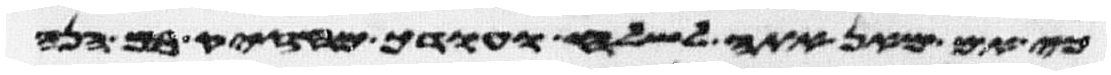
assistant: כי אם מאן אתה לשלח ועודך מחזק בם הנה